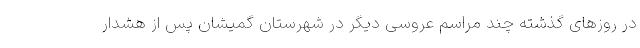
در روزهای گذشته چند مراسم عروسی دیگر در شهرستان گمیشان پس از هشدار